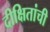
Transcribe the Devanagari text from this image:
दीक्षितांची